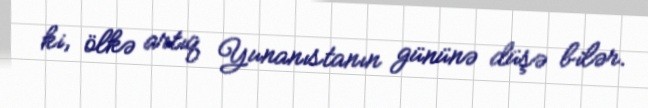
ki, ölkə artıq Yunanıstanın gününə düşə bilər.